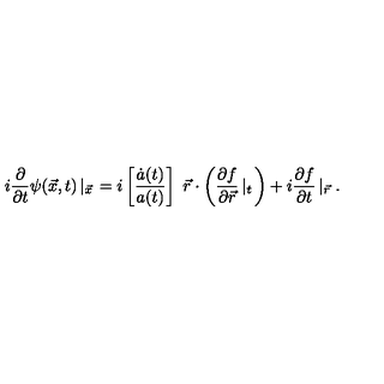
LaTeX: i \frac { \partial } { \partial t } \psi ( \vec { x } , t ) \left| _ { \vec { x } } \right. = i \left[ \frac { \dot { a } ( t ) } { a ( t ) } \right] \ \vec { r } \cdot \left( \frac { \partial f } { \partial \vec { r } } \left| _ t \right. \right) + i \frac { \partial f } { \partial t } \left| _ { \vec { r } } \right. .